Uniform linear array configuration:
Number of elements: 12
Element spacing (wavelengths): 0.25
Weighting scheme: kaiser
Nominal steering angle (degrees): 15
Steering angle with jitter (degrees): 15.054
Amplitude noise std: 0.05
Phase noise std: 0.05

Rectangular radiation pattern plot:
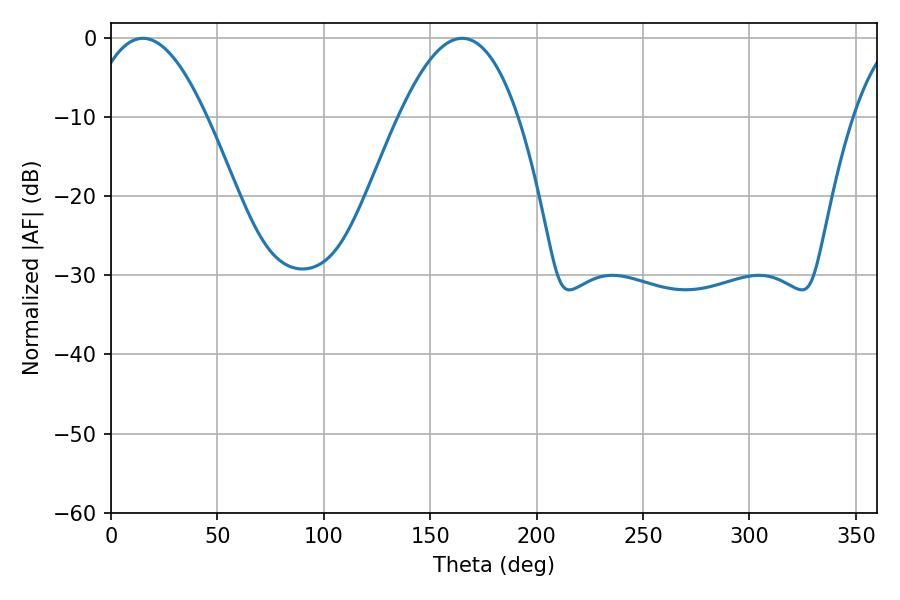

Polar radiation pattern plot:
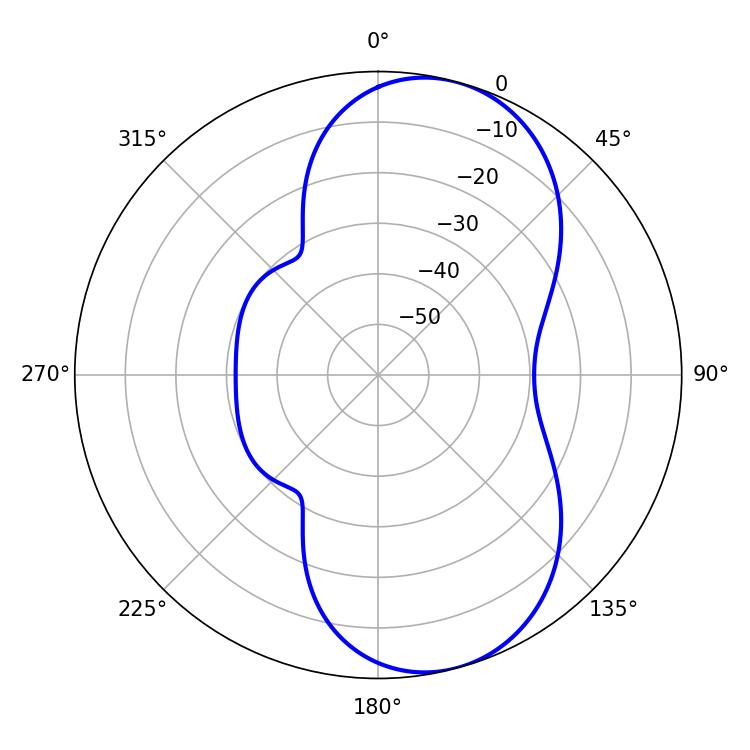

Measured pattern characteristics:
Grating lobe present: FALSE
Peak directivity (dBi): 8.032
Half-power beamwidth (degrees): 30.78
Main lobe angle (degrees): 14.94